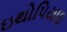
ઇથોપિયાઇ